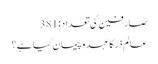
صارفین کی تعداد:381
عالم ذرّ کا عہد و پیمان کیا ہے؟